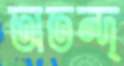
অতন্দ্